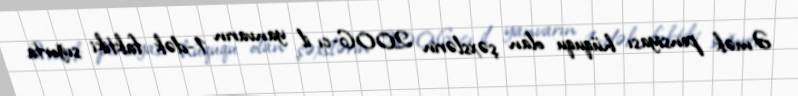
Əmək pensiyası hüququ olan şəxslərin 2006-cı il yanvarın 1-dək faktiki sığorta